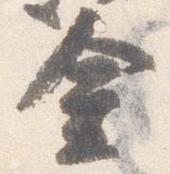
金